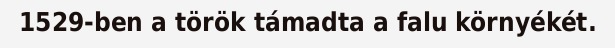
1529-ben a török támadta a falu környékét.